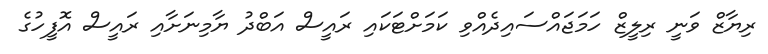
ރިޔާޒް ވަނީ ރިލީޒް ހަމަޖައްސައިދެއްވި ކަމަށްޓަކައި ރައީސް އަބްދު ޔާމިނަށާއި ރައީސް އޮފީހުގެ